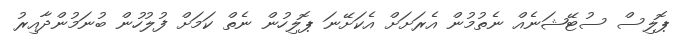
ޕޮލިސް ސުޓޭޝަނެއް ނެތުމުން އެރަށަށް އެކަށޭނަ ޕޮލިހުން ނެތް ކަމަށް ފުލުހުން ބުނަމުންދާއިރު